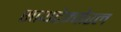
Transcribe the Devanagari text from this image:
साथटेम्पोरल